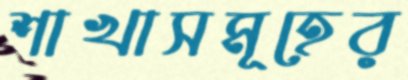
শাখাসমূহের